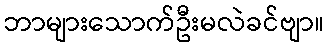
ဘာများသောက်ဦးမလဲခင်ဗျာ။